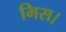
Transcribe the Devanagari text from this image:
मिस।